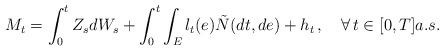
LaTeX: \begin{align*}M_t = \int_0^t Z_sdW_s+\int_0^t \int_{E} l_t(e) \tilde N(dt,de) +h_t\,, \quad\forall\,t\in[0,T] a.s. \end{align*}